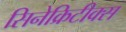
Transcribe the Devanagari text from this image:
सिनेक्रिटीक्स